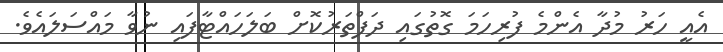
އެއީ ހަރު މުދާ އެންމެ ފުރިހަމަ ގޮތުގައި ދަފްތަރުކޮށް ބަލަހައްޓާފައި ނުވާ މައްސަލައެވެ.